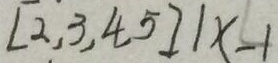
[ 2 , 3 , 4 , 5 ] 1 x - 1